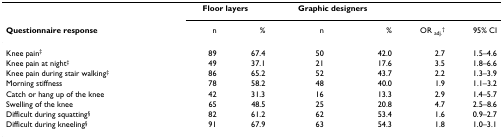
<table><thead><tr><td></td><td colspan="2"><b>Floor layers</b></td><td colspan="2"><b>Graphic designers</b></td><td></td><td></td></tr><tr><td><b>Questionnaire response</b></td><td><b>n</b></td><td><b>%</b></td><td><b>n</b></td><td><b>%</b></td><td><b>OR <sub>adj.</sub><sup>†</sup></b></td><td><b>95% CI</b></td></tr></thead><tbody><tr><td>Knee pain<sup>‡</sup></td><td>89</td><td>67.4</td><td>50</td><td>42.0</td><td>2.7</td><td>1.5–4.6</td></tr><tr><td>Knee pain at night<sup>‡</sup></td><td>49</td><td>37.1</td><td>21</td><td>17.6</td><td>3.5</td><td>1.8–6.6</td></tr><tr><td>Knee pain during stair walking<sup>‡</sup></td><td>86</td><td>65.2</td><td>52</td><td>43.7</td><td>2.2</td><td>1.3–3.9</td></tr><tr><td>Morning stiffness</td><td>78</td><td>58.2</td><td>48</td><td>40.0</td><td>1.9</td><td>1.1–3.2</td></tr><tr><td>Catch or hang up of the knee</td><td>42</td><td>31.3</td><td>16</td><td>13.3</td><td>2.9</td><td>1.4–5.7</td></tr><tr><td>Swelling of the knee</td><td>65</td><td>48.5</td><td>25</td><td>20.8</td><td>4.7</td><td>2.5–8.6</td></tr><tr><td>Difficult during squatting<sup>§</sup></td><td>82</td><td>61.2</td><td>62</td><td>53.4</td><td>1.6</td><td>0.9–2.7</td></tr><tr><td>Difficult during kneeling<sup>§</sup></td><td>91</td><td>67.9</td><td>63</td><td>54.3</td><td>1.8</td><td>1.0–3.1</td></tr></tbody></table>